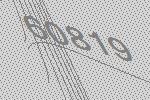
60819